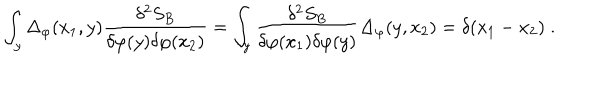
LaTeX: \int _ { y } \Delta _ { \varphi } ( x _ { 1 } , y ) \frac { \delta ^ { 2 } S _ { B } } { \delta \varphi ( y ) \delta \varphi ( x _ { 2 } ) } = \int _ { y } \frac { \delta ^ { 2 } S _ { B } } { \delta \varphi ( x _ { 1 } ) \delta \varphi ( y ) } \Delta _ { \varphi } ( y , x _ { 2 } ) = \delta ( x _ { 1 } - x _ { 2 } ) \; .